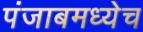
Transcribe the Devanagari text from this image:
पंजाबमध्येच